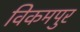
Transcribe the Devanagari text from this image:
विकमपुर